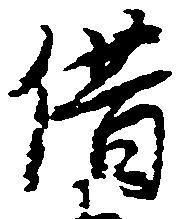
借